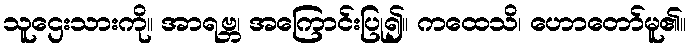
သူဌေးသားကို။ အာရဗ္ဘ၊ အကြောင်းပြု၍။ ကထေသိ၊ ဟောတော်မူ၏။